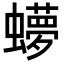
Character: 𬠳